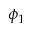
\phi _ { 1 }